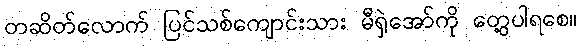
တဆိတ်လောက် ပြင်သစ်ကျောင်းသား မီရှဲအော်ကို တွေ့ပါရစေ။